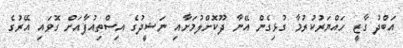
އަބްދު ގާޒީ ހައްޔަރުކުރުމާ ގުޅިގެން އޭނާ ދޫކޮށްލުމަށާއި ނަޝީދުގެ އިސްތިއުފާއަށް ގޮވައި އޭރުގެ